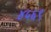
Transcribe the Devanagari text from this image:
४५६९